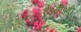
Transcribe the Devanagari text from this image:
ई१बी१बी